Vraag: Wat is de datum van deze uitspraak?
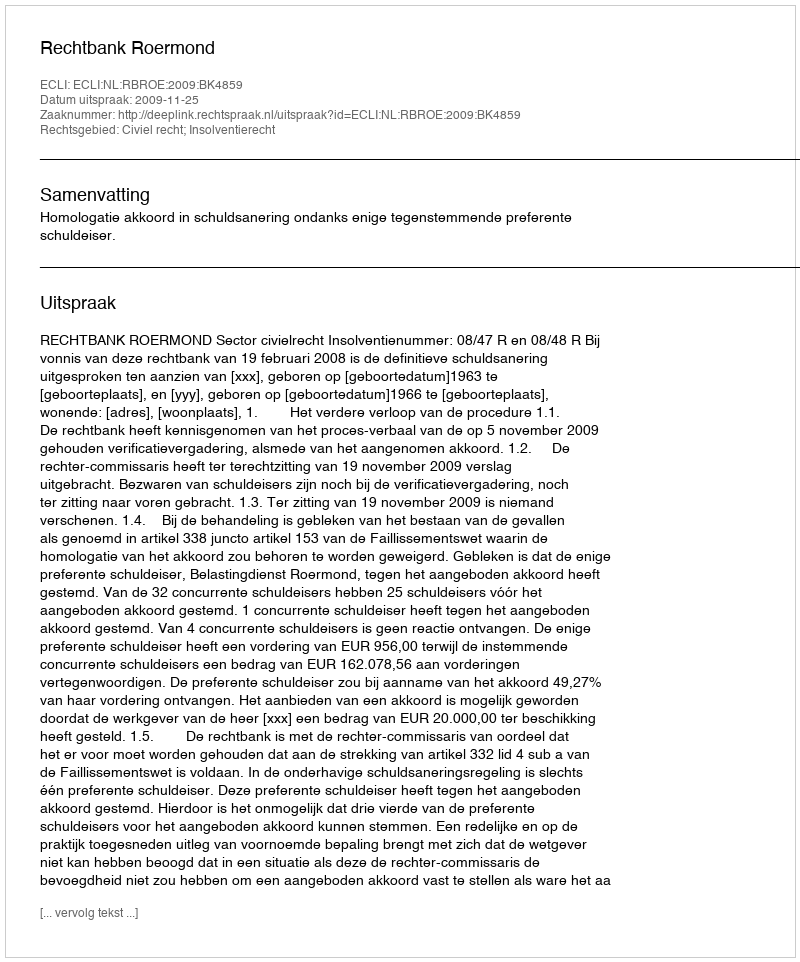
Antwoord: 2009-11-25